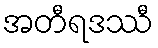
အတီရဒဿီ